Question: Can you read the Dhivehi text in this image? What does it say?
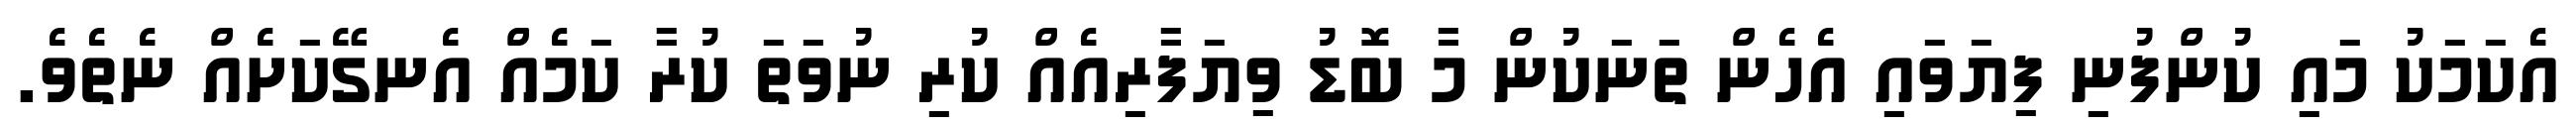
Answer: އެކަމަކު މައި ކުންފުނި ފިޔަވައި އެހެން ތަނަކުން މާ ބޮޑު ވިޔަފާރިއެއް ކުރި ނުވަތަ ކުރާ ކަމެއް އެނގޭކަށެއް ނެތެވެ.